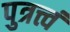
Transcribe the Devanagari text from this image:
पुत्रत्त्वं